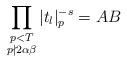
LaTeX: \begin{align*} \prod_{{\substack{p<T \\ p\nmid 2\alpha\beta}}}|t_l|^{-s}_p = AB\end{align*}